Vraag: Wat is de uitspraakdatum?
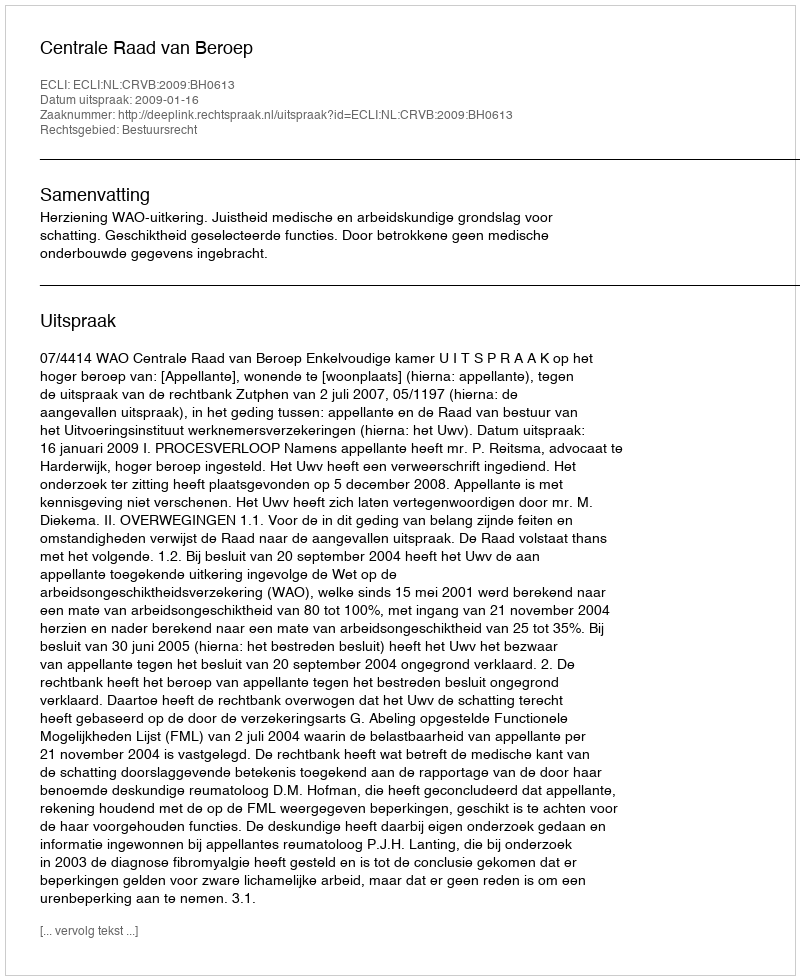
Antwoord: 2009-01-16